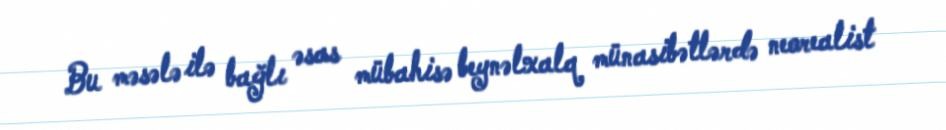
Bu məsələ ilə bağlı əsas mübahisə beynəlxalq münasibətlərdə neorealist